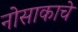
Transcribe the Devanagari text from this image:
नोसाकाचे